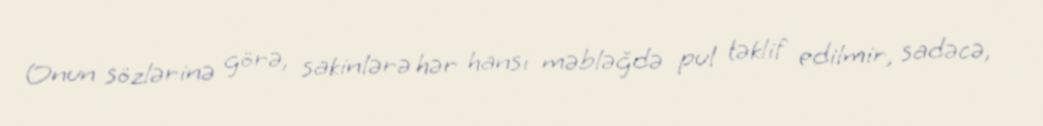
Onun sözlərinə görə, sakinlərə hər hansı məbləğdə pul təklif edilmir, sadəcə,